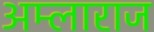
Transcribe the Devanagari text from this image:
अम्लाराज